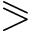
\eqslantgtr